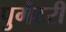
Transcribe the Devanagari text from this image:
पुर्गेटरी